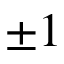
\pm 1